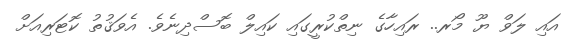
އައި ލަވް ޔޫ މޯރ.. ރައިހާގެ ނިތްކުރީގައި ކައިލް ބޮސްދިނެވެ. އެވަޤުތު ކޮޓަރިއަށް